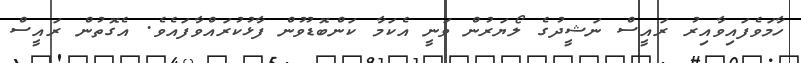
ހާމަވެފައިވާއިރު ރައީސް ނަޝީދުގެ ލޯޔަރުން ވަނީ އެކަމާ ކަންބޮޑުވުން ފާޅުކުރައްވާފައެވެ. އެގޮތުން ރައީސް